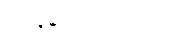
ကျန်ရစ် ခဲ့ပါတယ်။